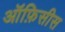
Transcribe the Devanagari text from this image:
ऑफ़िसीस